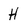
Character: H